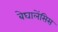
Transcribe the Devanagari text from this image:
बेघालेंसिस